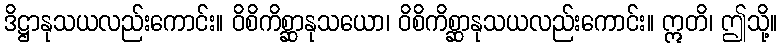
ဒိဋ္ဌာနုသယလည်းကောင်း။ ဝိစိကိစ္ဆာနုသယော၊ ဝိစိကိစ္ဆာနုသယလည်းကောင်း။ ဣတိ၊ ဤသို့။